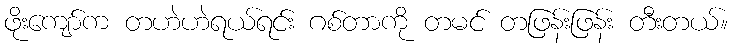
ဖိုးကျော်က တဟဲဟဲရယ်ရင်း ဂစ်တာကို တမင် တဖြန်းဖြန်း တီးတယ်။